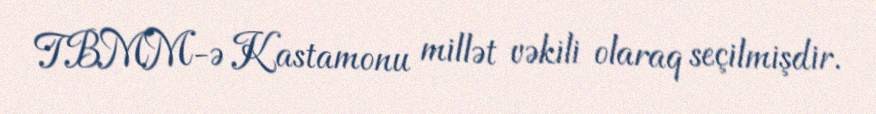
TBMM-ə Kastamonu millət vəkili olaraq seçilmişdir.